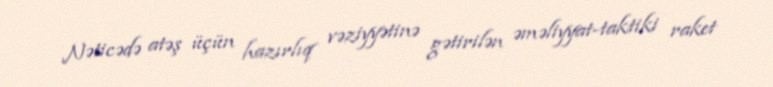
Nəticədə atəş üçün hazırlıq vəziyyətinə gətirilən əməliyyat-taktiki raket